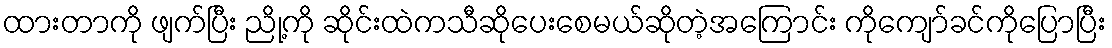
ထားတာကို ဖျက်ပြီး ညို့ကို ဆိုင်းထဲကသီဆိုပေးစေမယ်ဆိုတဲ့အကြောင်း ကိုကျော်ခင်ကိုပြောပြီး